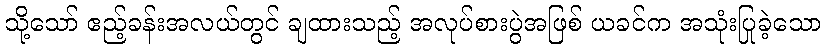
သို့သော် ဧည့်ခန်းအလယ်တွင် ချထားသည့် အလုပ်စားပွဲအဖြစ် ယခင်က အသုံးပြုခဲ့သော